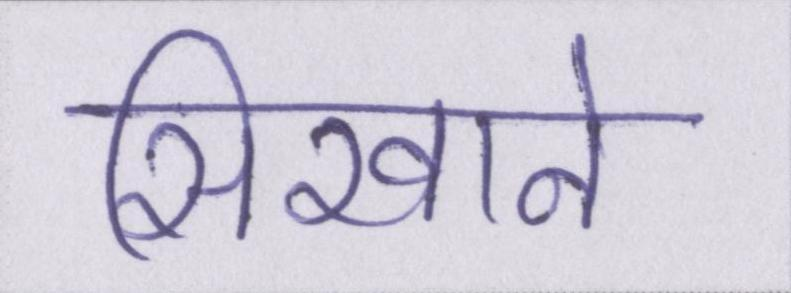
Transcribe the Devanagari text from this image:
सिखाने